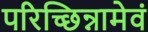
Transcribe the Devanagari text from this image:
परिच्छिन्नामेवं